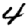
Digit: 4